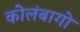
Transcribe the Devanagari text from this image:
कोलंबागो